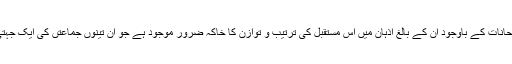
لیکن ان مخالفت اور بظاہر متضاد رجحانات کے باوجود ان کے بالغ اذہان میں اس مستقبل کی ترتیب و توازن کا خاکہ ضرور موجود ہے جو ان تینوں جماعتں کی ایک جہتی کے سوا شرمندہ تکمیل نہیں ہوسکتا۔